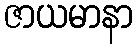
ဇာယမာနာ